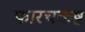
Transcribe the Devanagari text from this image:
फारचकष्ट